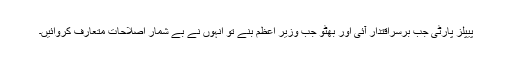
پیپلز پارٹی جب برسراقتدار آئی اور بھٹو جب وزیر اعظم بنے تو انہوں نے بے شمار اصلاحات متعارف کروائیں۔